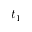
t _ { 1 }